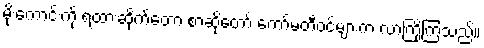
မိုးကောင်းကို ရထားဆိုက်တော့ စာဆိုတော် ကော်မတီဝင်များက လာကြိုကြသည်။